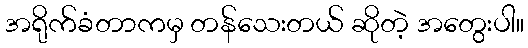
အရိုက်ခံတာကမှ တန်သေးတယ် ဆိုတဲ့ အတွေးပါ။